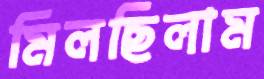
মিলছিলাম